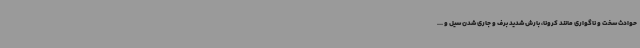
حوادث سخت و ناگواری مانند کرونا، بارش شدید برف و جاری شدن سیل و ...